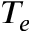
T _ { e }